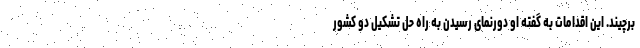
برچیند. این اقدامات به گفته او دورنمای رسیدن به راه حل تشکیل دو کشور